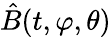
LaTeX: \hat{B}(t,\varphi,\theta)